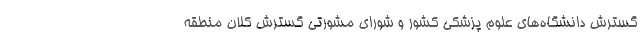
گسترش دانشگاه‌های علوم پزشکی کشور و شورای مشورتی گسترش کلان منطقه